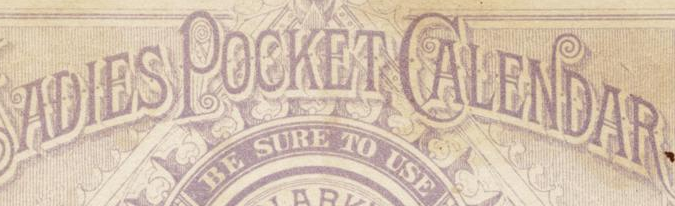
ADIES POCKET CALENDAR